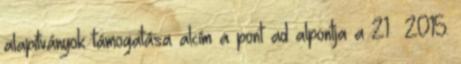
alapítványok támogatása alcím a pont ad alpontja a 21 2015.